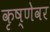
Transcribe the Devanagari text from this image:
कृष्णेवर